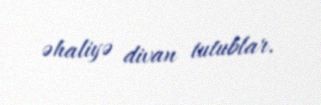
əhaliyə divan tutublar.